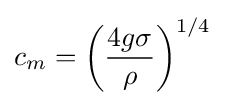
c_{m}=\left({\frac {4g\sigma }{\rho }}\right)^{1/4}